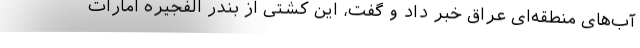
آب‌های منطقه‌ای عراق خبر داد و گفت، این کشتی از بندر الفجیره امارات